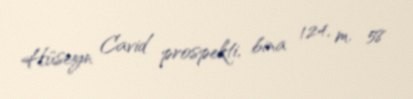
Hüseyn Cavid prospekti, bina 124, m. 58